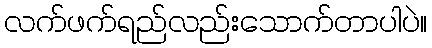
လက်ဖက်ရည်လည်းသောက်တာပါပဲ။